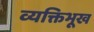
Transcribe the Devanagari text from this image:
व्यक्तिभूख